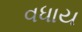
વધાય